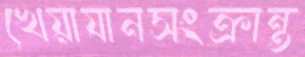
খেয়াযানসংক্রান্ত